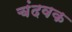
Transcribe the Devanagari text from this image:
चंदवक